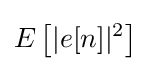
E\left[|e[n]|^{2}\right]